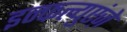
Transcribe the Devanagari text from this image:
इन्फल्युएंज़े